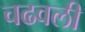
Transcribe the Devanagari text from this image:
चढवली